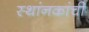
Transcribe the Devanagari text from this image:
स्थांनकांची